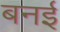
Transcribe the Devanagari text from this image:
बनई